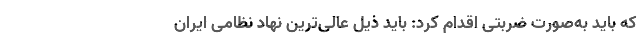
که باید به‌صورت ضربتی اقدام کرد: باید ذیل عالی‌ترین نهاد نظامی ایران